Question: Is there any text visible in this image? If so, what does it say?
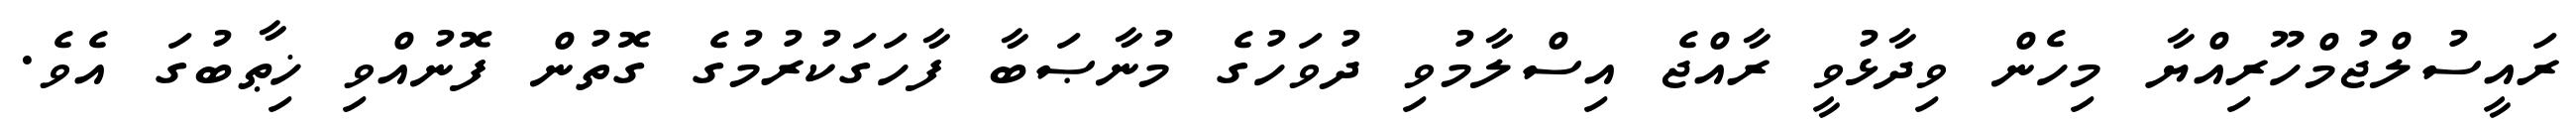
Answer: ރައީސުލްޖުމްހޫރިއްޔާ މިހެން ވިދާޅުވީ ރާއްޖެ އިސްލާމުވި ދުވަހުގެ މުނާޞަބާ ފާހަގަކުރުމުގެ ގޮތުން ފޮނުއްވި ޚިޠާބުގަ އެވެ.